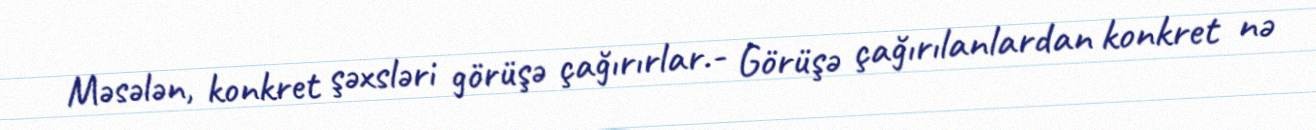
Məsələn, konkret şəxsləri görüşə çağırırlar.- Görüşə çağırılanlardan konkret nə